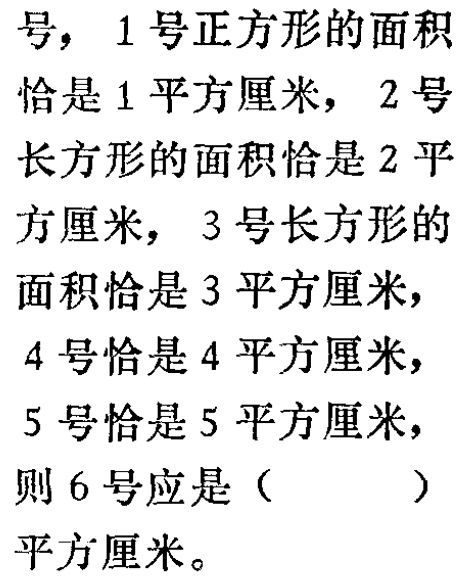
号，1号正方形的面积
恰是1平方厘米，2号
长方形的面积恰是2平
方厘米，3号长方形的
面积恰是3平方厘米，
4号恰是4平方厘米，
5号恰是5平方厘米，
则6号应是（  ）
平方厘米。